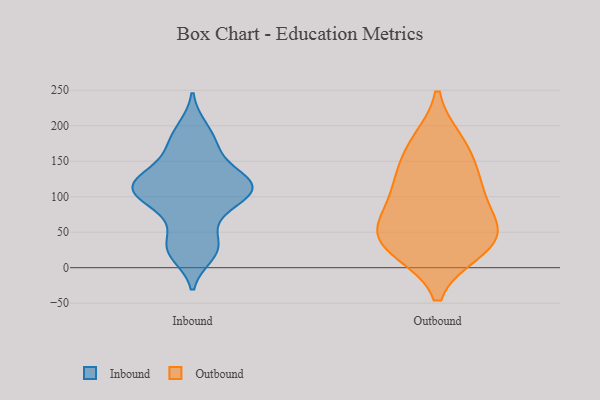
{"axis": {"x": "Budget (USD K)", "y": "Value"}, "legend": ["Inbound", "Outbound"], "data": [{"x": "", "y": 18, "type": "Inbound"}, {"x": "", "y": 118, "type": "Inbound"}, {"x": "", "y": 128, "type": "Inbound"}, {"x": "", "y": 92, "type": "Inbound"}, {"x": "", "y": 109, "type": "Inbound"}, {"x": "", "y": 120, "type": "Inbound"}, {"x": "", "y": 164, "type": "Inbound"}, {"x": "", "y": 174, "type": "Inbound"}, {"x": "", "y": 33, "type": "Inbound"}, {"x": "", "y": 128, "type": "Inbound"}, {"x": "", "y": 197, "type": "Inbound"}, {"x": "", "y": 100, "type": "Inbound"}, {"x": "", "y": 107, "type": "Inbound"}, {"x": "", "y": 69, "type": "Inbound"}, {"x": "", "y": 28, "type": "Inbound"}, {"x": "", "y": 65, "type": "Outbound"}, {"x": "", "y": 111, "type": "Outbound"}, {"x": "", "y": 176, "type": "Outbound"}, {"x": "", "y": 60, "type": "Outbound"}, {"x": "", "y": 27, "type": "Outbound"}, {"x": "", "y": 47, "type": "Outbound"}, {"x": "", "y": 110, "type": "Outbound"}, {"x": "", "y": 170, "type": "Outbound"}, {"x": "", "y": 26, "type": "Outbound"}, {"x": "", "y": 39, "type": "Outbound"}, {"x": "", "y": 130, "type": "Outbound"}]}